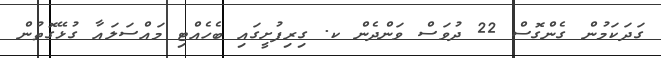
ގަދަކަމުން ގެންގޮސް 22 ދުވަސް ވަންދެން ކ. ގިރިފުށީގައި ބެހެއްޓި މައްސަލައާ ގުޅޭގޮތުން